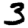
Digit: 3